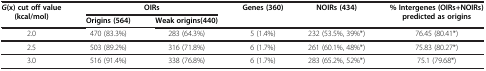
| G(x) cut off value (kcal/mol) | <COLSPAN=2> OIRs | Genes (360) | NOIRs (434) | % Intergenes (OIRs+NOIRs) predicted as origins |
 |  | Origins (564) | Weak origins(440) |  |  |  |
 | --- | --- | --- | --- | --- | --- |
 | 2.0 | 470 (83.3%) | 283 (64.3%) | 5 (1.4%) | 232 (53.5%, 39%*) | 76.45 (80.41*) |
 | 2.5 | 503 (89.2%) | 316 (71.8%) | 6 (1.7%) | 261 (60.1%, 48%*) | 75.83 (80.27*) |
 | 3.0 | 516 (91.4%) | 338 (76.8%) | 6 (1.7%) | 283 (65.2%, 52%*) | 75.1 (79.68*) |